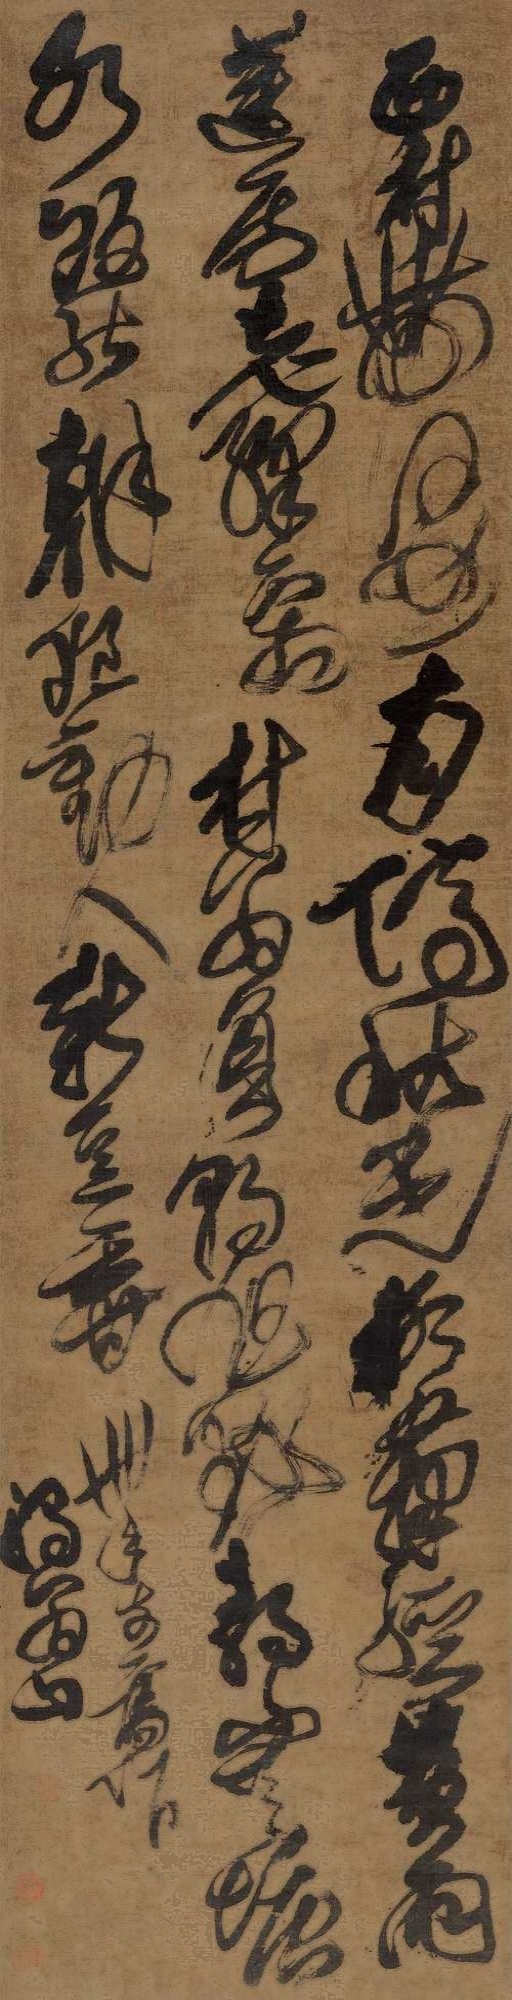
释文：西村带河曲，十月停秋光。柳箨轻黄雨，莲花老绦霜。村翁负朝旭，野鸭静寒塘。红饭慰调惄，劝人新豆香。卅十年前旧作，浊翁山。